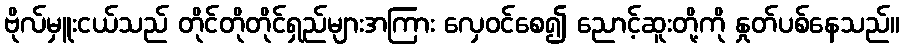
ဗိုလ်မှူးငယ်သည် တိုင်တိုတိုင်ရှည်များအကြား လှေဝင်စေ၍ ညောင့်ဆူးတို့ကို နှုတ်ပစ်နေသည်။